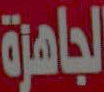
الجاهزة